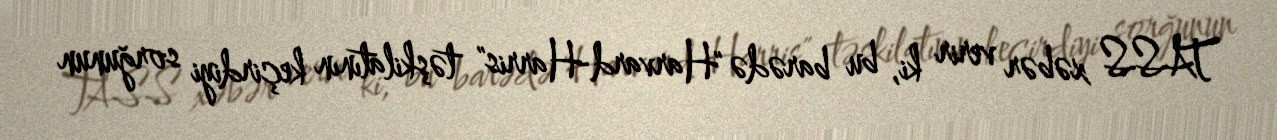
TASS xəbər verir ki, bu barədə "Harvard-Harris" təşkilatının keçirdiyi sorğunun